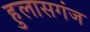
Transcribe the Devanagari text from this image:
हुलासगंज